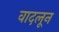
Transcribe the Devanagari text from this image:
वादलून